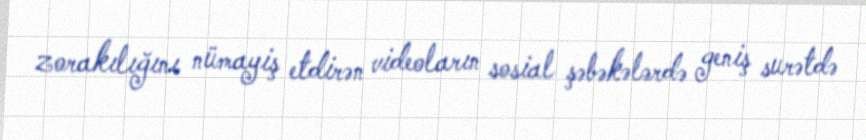
zorakılığını nümayiş etdirən videoların sosial şəbəkələrdə geniş surətdə